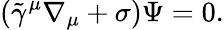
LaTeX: (\tilde{\gamma}^{\mu}\nabla_{\mu}+\sigma)\Psi=0.